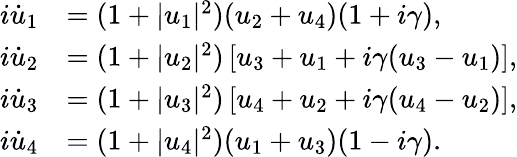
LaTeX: \begin{array}{rl}{i\dot{u}_{1}}&{=(1+|u_{1}|^{2})(u_{2}+u_{4})(1+i\gamma),}\\ {i\dot{u}_{2}}&{=(1+|u_{2}|^{2})\left[u_{3}+u_{1}+i\gamma(u_{3}-u_{1})\right],}\\ {i\dot{u}_{3}}&{=(1+|u_{3}|^{2})\left[u_{4}+u_{2}+i\gamma(u_{4}-u_{2})\right],}\\ {i\dot{u}_{4}}&{=(1+|u_{4}|^{2})(u_{1}+u_{3})(1-i\gamma).}\end{array}